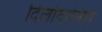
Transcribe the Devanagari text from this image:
दिलोदानिश